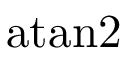
\mathrm { a t a n 2 }